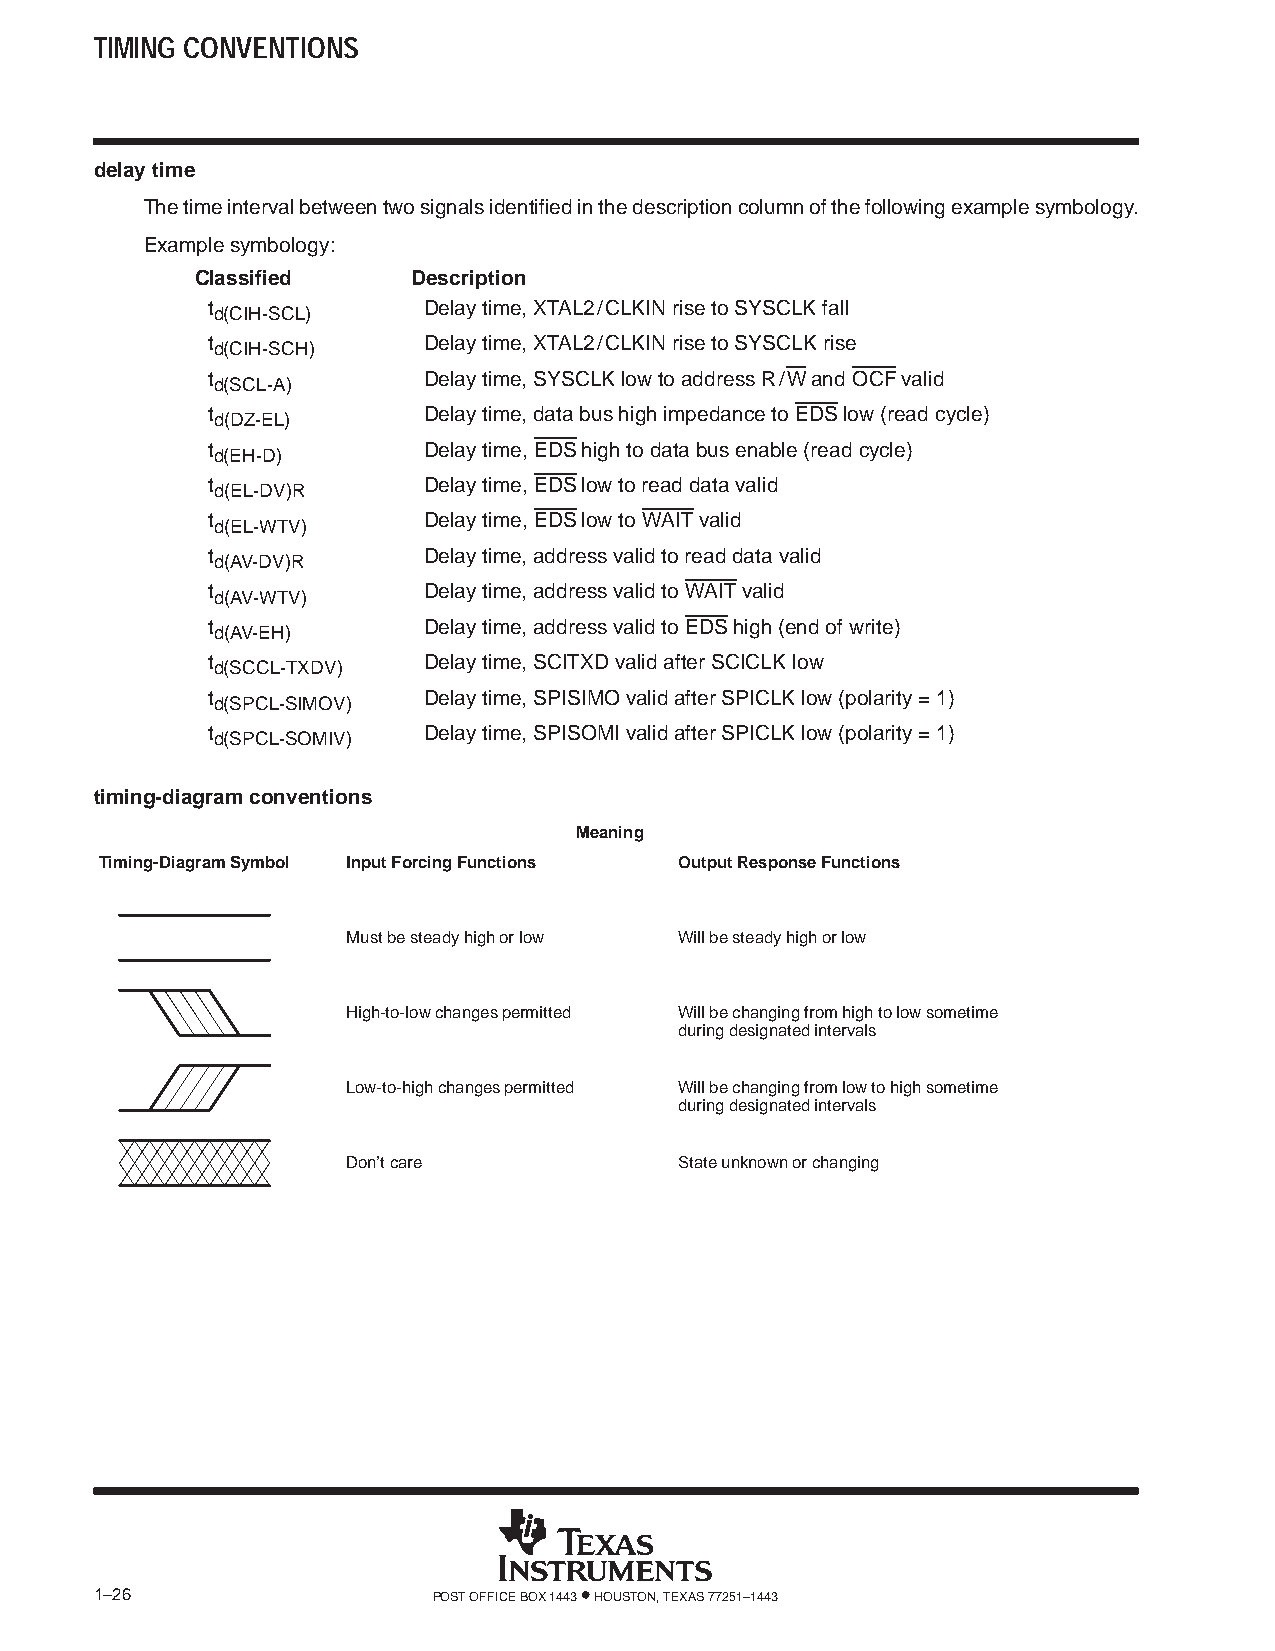
TIMING CONVENTIONS
 delay time
 The time interval between two signals identified in the description column of the following example symbology.
 Example symbology:
 Classified    Description
 t             Delay time, XTAL2/CLKIN rise to SYSCLK fall
 d(CIH-SCL)
 t             Delay time, XTAL2/CLKIN rise to SYSCLK rise
 d(CIH-SCH)
 t             Delay time, SYSCLK low to address R/W and OCF valid
 d(SCL-A)
 t             Delay time, data bus high impedance to EDS low (read cycle)
 d(DZ-EL)
 t             Delay time, EDS high to data bus enable (read cycle)
 d(EH-D)
 t             Delay time, EDS low to read data valid
 d(EL-DV)R
 t             Delay time, EDS low to WAIT valid
 d(EL-WTV)
 t             Delay time, address valid to read data valid
 d(AV-DV)R
 t             Delay time, address valid to WAIT valid
 d(AV-WTV)
 t             Delay time, address valid to EDS high (end of write)
 d(AV-EH)
 t             Delay time, SCITXD valid after SCICLK low
 d(SCCL-TXDV)
 t             Delay time, SPISIMO valid after SPICLK low (polarity = 1)
 d(SPCL-SIMOV)
 t             Delay time, SPISOMI valid after SPICLK low (polarity = 1)
 d(SPCL-SOMIV)
 timing-diagram conventions
 Meaning
 Timing-Diagram Symbol Input Forcing Functions Output Response Functions
 Must be steady high or low Will be steady high or low
 High-to-low changes permitted Will be changing from high to low sometime
 during designated intervals
 Low-to-high changes permitted Will be changing from low to high sometime
 during designated intervals
 Don’t care            State unknown or changing
 1–26                   POST OFFICE BOX 1443 • HOUSTON, TEXAS 77251–1443